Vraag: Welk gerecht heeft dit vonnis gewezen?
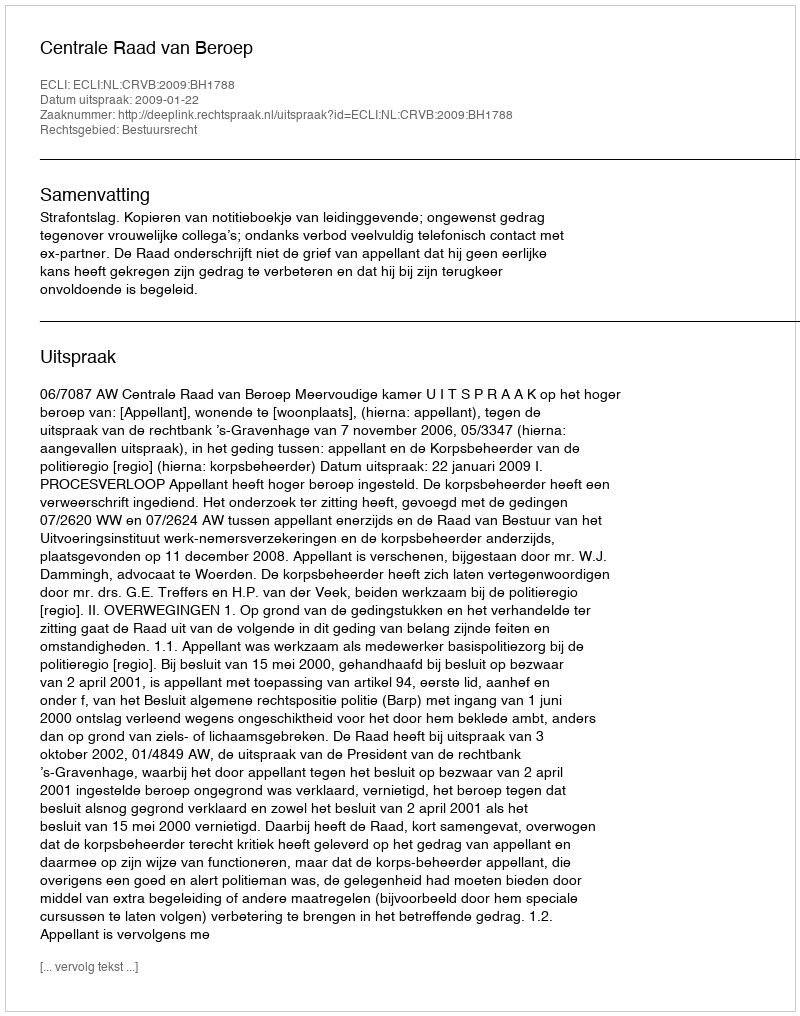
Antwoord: Centrale Raad van Beroep